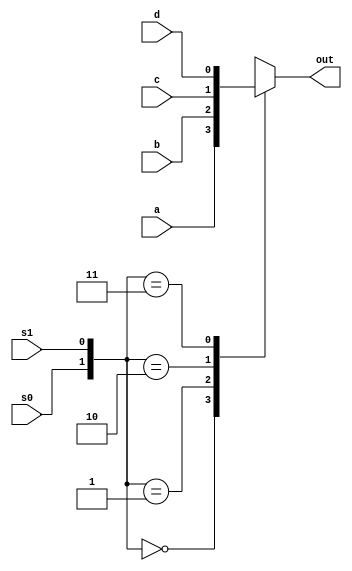
`timescale 1ns / 1ps
//////////////////////////////////////////////////////////////////////////////////
// Company: 
// Engineer: 
// 
// Design Name: 
// Module Name: mux_4_1
// Project Name: 
// Target Devices: 
// Tool Versions: 
// Description: 
// 
// Dependencies: 
// 
// Revision:
// Revision 0.01 - File Created
// Additional Comments:
// 
//////////////////////////////////////////////////////////////////////////////////


module mux_4_1(a, b, c, d, s0, s1, out);
input a,b,c,d,s0,s1;
output reg out;
always @ (a or b or c or d or s0, s1)
begin

case ({s0,s1})
2'b00 : out = a;
2'b01 : out = b;
2'b10 : out = c;
2'b11 : out = d;
endcase

end
endmodule